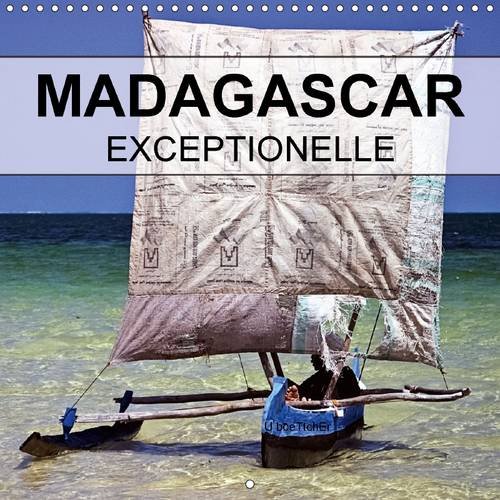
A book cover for Madagascar Exceptionnelle 2016: Madagascar - Connue pour la Singularite de sa Faune, elle Fascine Aussi par Ses Paysages Inoubliables (Calvendo Places) (French Edition); U. Boettcher; Travel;